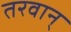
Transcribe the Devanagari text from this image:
तरवान्